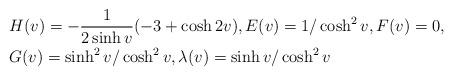
LaTeX: \begin{align*}&H(v)=-\dfrac{1}{2\sinh v}(-3+\cosh 2v),E(v)=1/\cosh^2v,F(v)=0,\\&G(v)=\sinh^2v/\cosh^2v,\lambda(v)=\sinh v/\cosh^2v\end{align*}